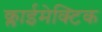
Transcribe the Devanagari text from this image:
क्लाईमेक्टिक